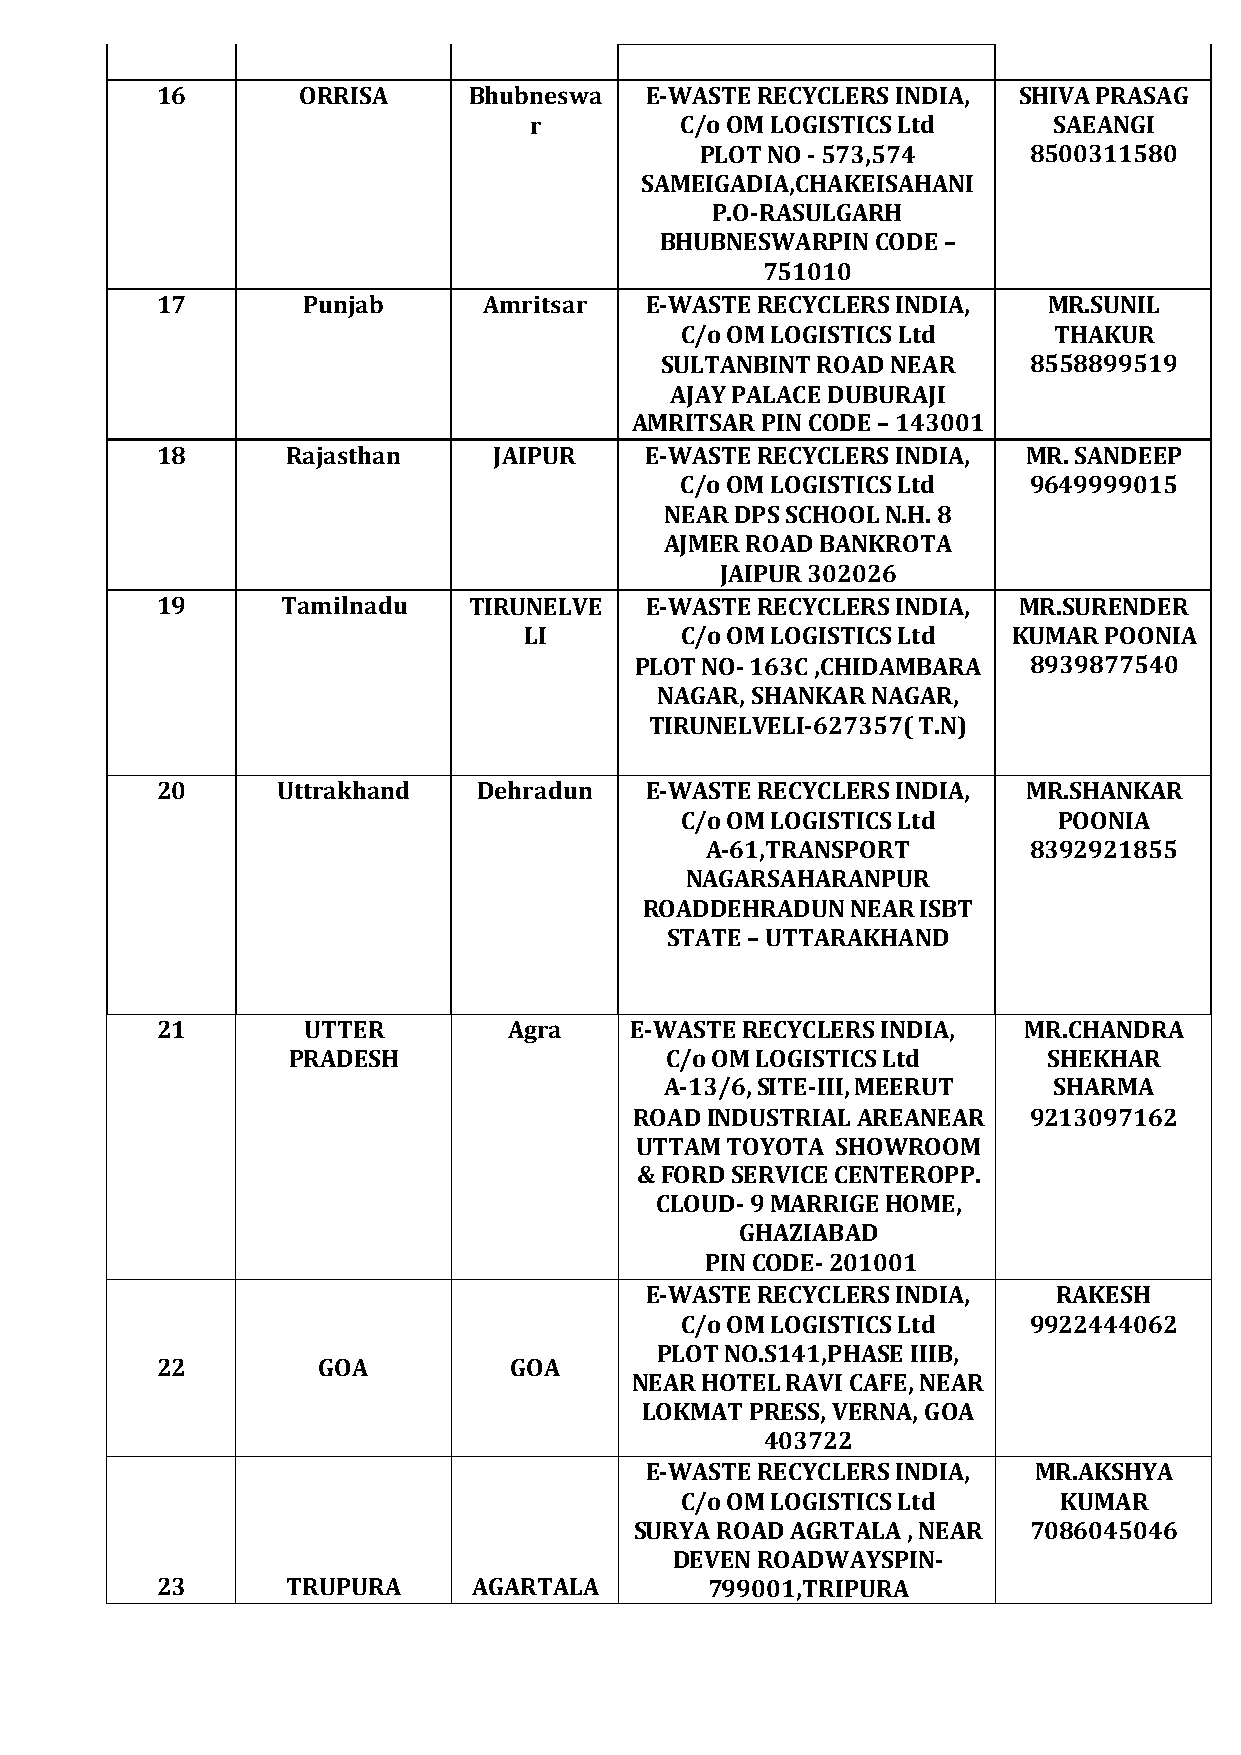
16        ORRISA     Bhubneswa   E-WASTERECYCLERSINDIA,  SHIVAPRASAG
 r         C/oOMLOGISTICSLtd        SAEANGI
 PLOTNO-573,574        8500311580
 SAMEIGADIA,CHAKEISAHANI
 P.O-RASULGARH
 BHUBNESWARPINCODE–
 751010
 17        Punjab      Amritsar   E-WASTERECYCLERSINDIA,    MR.SUNIL
 C/oOMLOGISTICSLtd        THAKUR
 SULTANBINTROADNEAR      8558899519
 AJAYPALACEDUBURAJI
 AMRITSARPINCODE–143001
 18       Rajasthan     JAIPUR    E-WASTERECYCLERSINDIA,   MR.SANDEEP
 C/oOMLOGISTICSLtd      9649999015
 NEARDPSSCHOOLN.H.8
 AJMERROADBANKROTA
 JAIPUR302026
 19       Tamilnadu   TIRUNELVE   E-WASTERECYCLERSINDIA,  MR.SURENDER
 LI        C/oOMLOGISTICSLtd     KUMARPOONIA
 PLOTNO-163C,CHIDAMBARA    8939877540
 NAGAR,SHANKARNAGAR,
 TIRUNELVELI-627357(T.N)
 20      Uttrakhand    Dehradun   E-WASTERECYCLERSINDIA,   MR.SHANKAR
 C/oOMLOGISTICSLtd        POONIA
 A-61,TRANSPORT       8392921855
 NAGARSAHARANPUR
 ROADDEHRADUNNEARISBT
 STATE–UTTARAKHAND
 21        UTTER         Agra    E-WASTERECYCLERSINDIA,    MR.CHANDRA
 PRADESH                  C/oOMLOGISTICSLtd        SHEKHAR
 A-13/6,SITE-III,MEERUT    SHARMA
 ROADINDUSTRIALAREANEAR    9213097162
 UTTAMTOYOTA  SHOWROOM
 &FORDSERVICECENTEROPP.
 CLOUD-9MARRIGEHOME,
 GHAZIABAD
 PINCODE-201001
 E-WASTERECYCLERSINDIA,     RAKESH
 C/oOMLOGISTICSLtd      9922444062
 PLOTNO.S141,PHASEIIIB,
 22         GOA          GOA
 NEARHOTELRAVICAFE,NEAR
 LOKMATPRESS,VERNA,GOA
 403722
 E-WASTERECYCLERSINDIA,   MR.AKSHYA
 C/oOMLOGISTICSLtd        KUMAR
 SURYAROADAGRTALA,NEAR     7086045046
 DEVENROADWAYSPIN-
 23       TRUPURA     AGARTALA        799001,TRIPURA